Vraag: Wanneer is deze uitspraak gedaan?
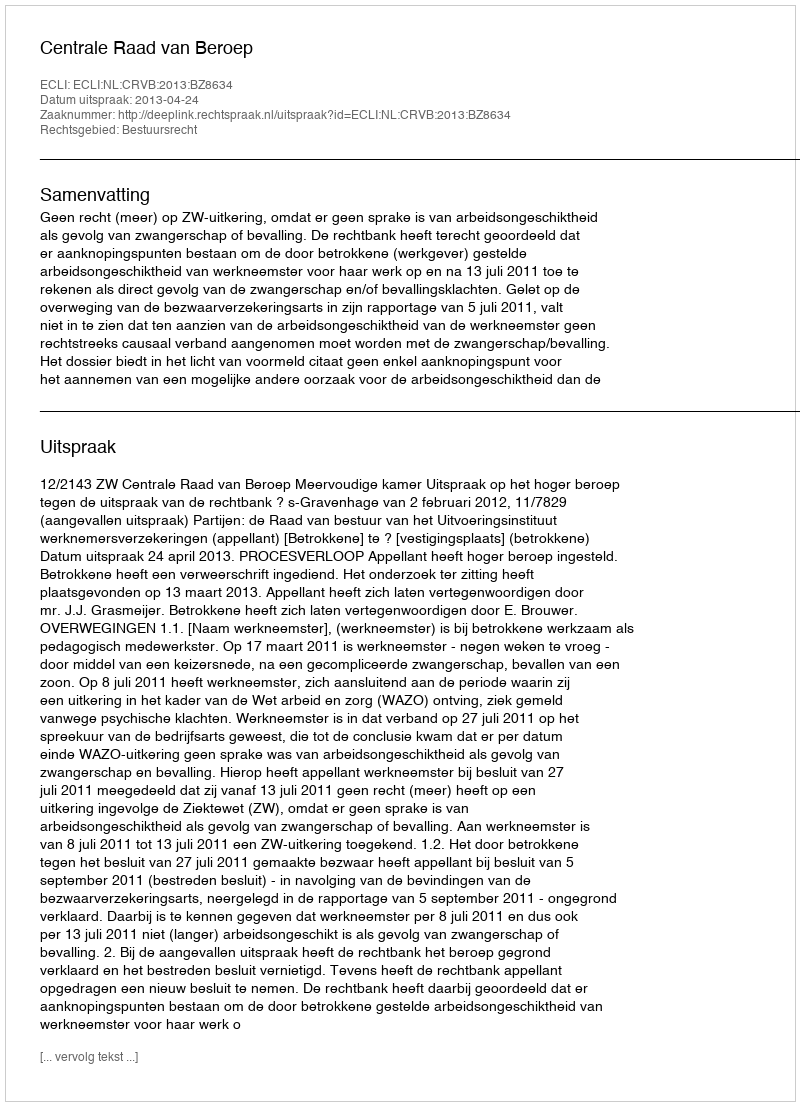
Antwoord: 2013-04-24